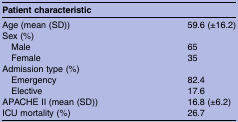
| <COLSPAN=2> Patient characteristic |
 | --- | --- |
 | Age (mean (SD)) | 59.6 (±16.2) |
 | <COLSPAN=2> Sex (%) |
 | Male | 65 |
 | Female | 35 |
 | <COLSPAN=2> Admission type (%) |
 | Emergency | 82.4 |
 | Elective | 17.6 |
 | APACHE II (mean (SD)) | 16.8 (±6.2) |
 | ICU mortality (%) | 26.7 |